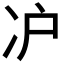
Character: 𰃸